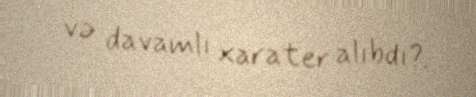
və davamlı xarater alıbdı?.